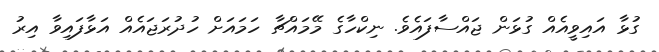
ގުޅާ އައިވީއެއް ގުޅަން ޖައްސާފައެވެ. ނިކްހާގެ މޭމައްޗާ ހަމައަށް ހުދުރަޖައެއް އަޅާފައިވާ އިރު